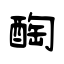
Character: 醄